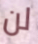
لن